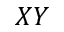
X Y